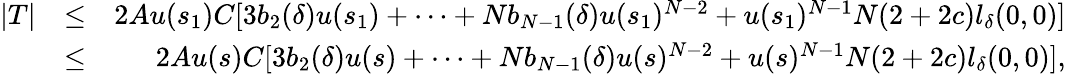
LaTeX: \begin{array}{rlr}{|T|}&{\leq}&{2Au(s_{1})C[3b_{2}(\delta)u(s_{1})+\cdots+Nb_{N-1}(\delta)u(s_{1})^{N-2}+u(s_{1})^{N-1}N(2+2c)l_{\delta}(0,0)]}\\ &{\leq}&{2Au(s)C[3b_{2}(\delta)u(s)+\cdots+Nb_{N-1}(\delta)u(s)^{N-2}+u(s)^{N-1}N(2+2c)l_{\delta}(0,0)],}\end{array}